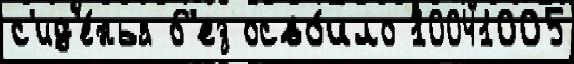
с'ид'е́нья б'ез осво́ило 10041005